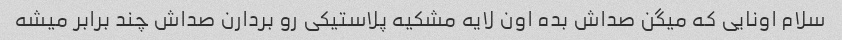
سلام اونایی که میگن صداش بده اون لایه مشکیه پلاستیکی رو بردارن صداش چند برابر میشه